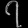
Digit: ၇